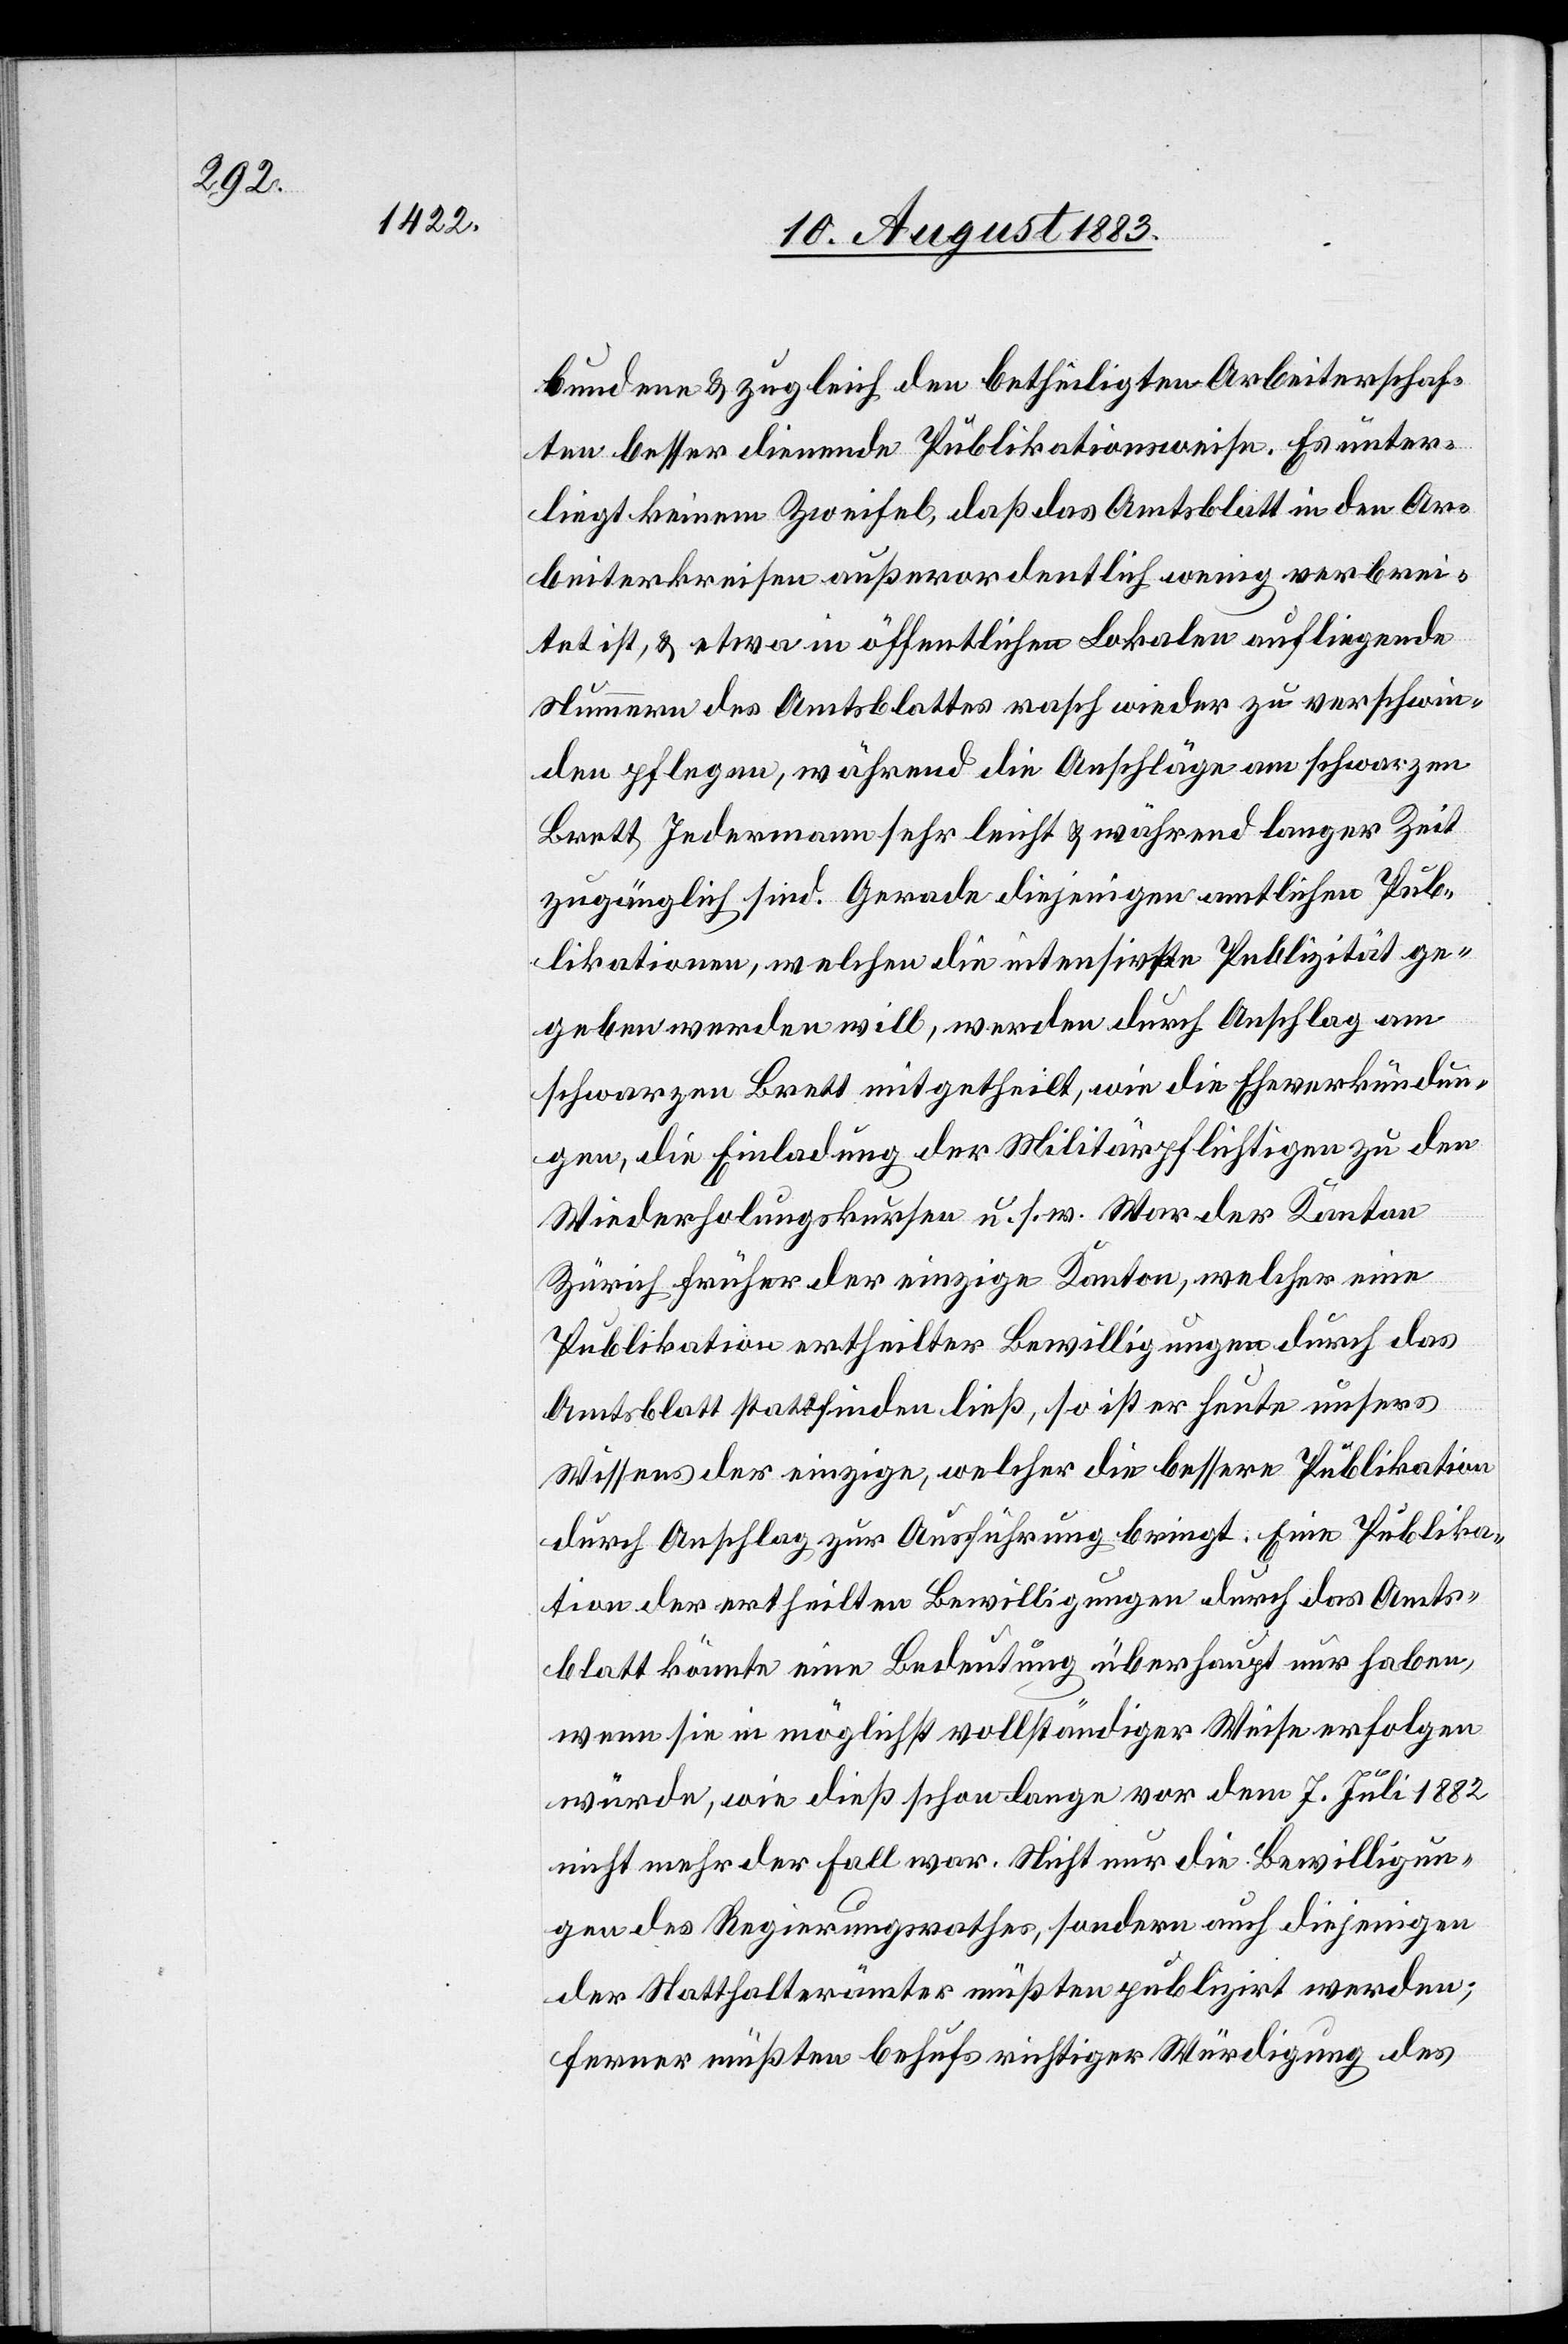
bundene & zugleich den betheiligten Arbeiterschaf¬
ten besser dienende Publikationsweise. Es unter¬
liegt keinem Zweifel, daß das Amtsblatt in den Ar¬
beiterkreisen außerordentlich wenig verbrei¬
tet ist, & etwa in öffentlichen Lokalen aufliegende
Nummern des Amtsblattes rasch wieder zu verschwin¬
den pflegen, während die Anschläge am schwarzen
Brett Jedermann sehr leicht & während langer Zeit
zugänglich sind. Gerade diejenigen amtlichen Pub¬
likationen, welchen die intensivste Publizität ge¬
geben werden will, werden durch Anschlag am
schwarzen Brett mitgetheilt, wie die Eheverkündun¬
gen, die Einladung der Militärpflichtigen zu den
Wiederholungskursen u. s. w. War der Kanton
Zürich früher der einzige Kanton, welcher eine
Publikation ertheilter Bewilligungen durch das
Amtsblatt stattfinden ließ, so ist er heute unsers
Wissens der einzige, welcher die bessere Publikation
durch Anschlag zur Ausführung bringt. Eine Publika¬
tion der ertheilten Bewilligungen durch das Amts¬
blatt könnte eine Bedeutung überhaupt nur haben,
wenn sie in möglichst vollständiger Weise erfolgen
würde, wie dieß schon lange vor dem 7. Juli 1882
nicht mehr der Fall war. Nicht nur die Bewilligun¬
gen des Regierungsrathes, sondern auch diejenigen
der Statthalterämter müßten publizirt werden;
ferner müßten behufs richtiger Würdigung des